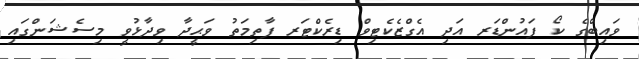
ވައިބްގެ ކޯ ފައުންޑަރ އަދި އެގްޒެކެޓިވް ޑިރެކްޓަރ ފާތިމަތު ވަޙީދާ ވިދާޅުވީ މިސެޝަންގައި